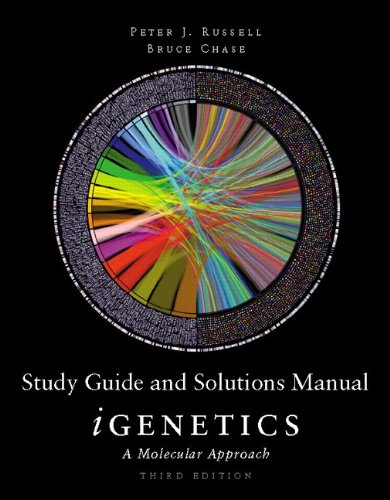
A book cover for Study Guide and Solutions Manual for iGenetics: A Molecular Approach; Peter J. Russell; Science & Math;